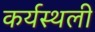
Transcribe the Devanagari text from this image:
कर्यस्थली